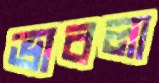
ভাবলা